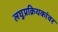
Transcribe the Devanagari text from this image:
लघुप्रक्रियकांवर